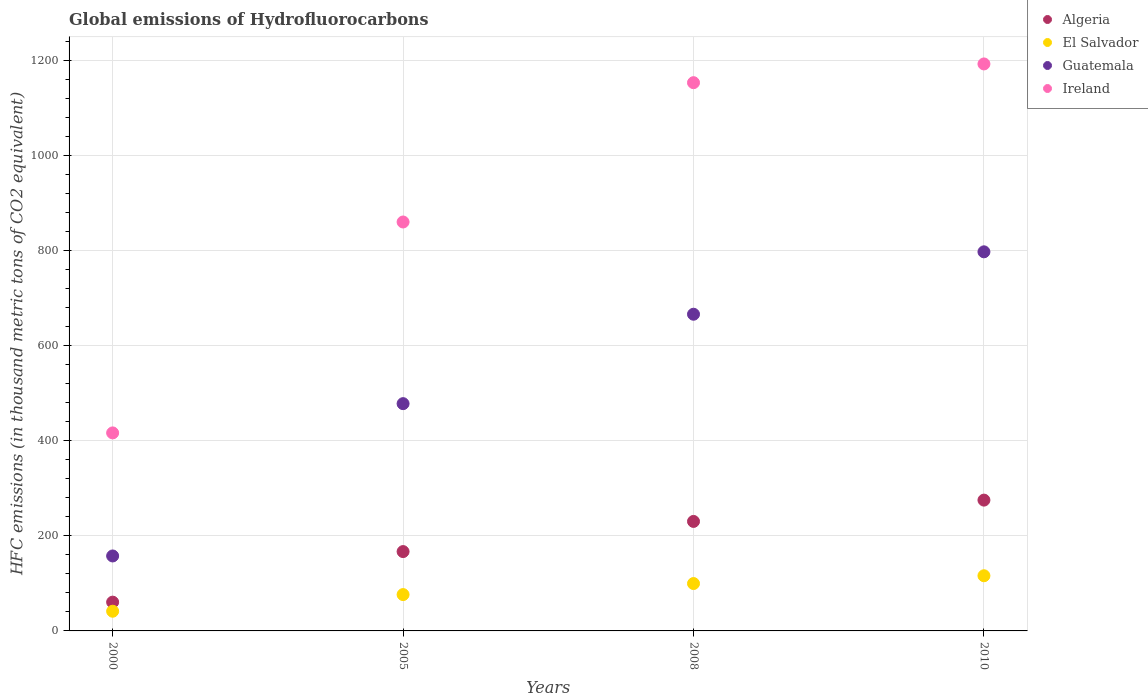
| Years | Algeria | El Salvador | Guatemala | Ireland |
 | --- | --- | --- | --- | --- |
 | 2000 | 60.5 | 41.4 | 158 | 416 |
 | 2005 | 167 | 76.4 | 478 | 860 |
 | 2008 | 230 | 99.6 | 666 | 1.15e+03 |
 | 2010 | 275 | 116 | 797 | 1.19e+03 |